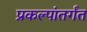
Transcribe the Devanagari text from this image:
प्रकल्पांतर्गंत